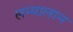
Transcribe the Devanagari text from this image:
लन्यालान